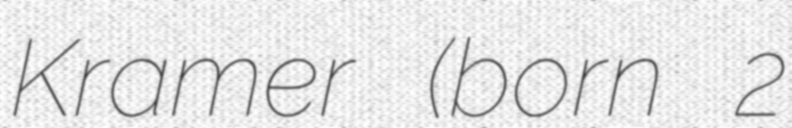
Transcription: Kramer (born 2